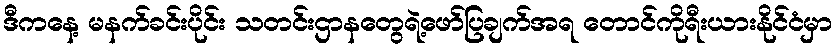
ဒီကနေ့ မနက်ခင်းပိုင်း သတင်းဌာနတွေရဲ့ဖော်ပြချက်အရ တောင်ကိုရီးယားနိုင်ငံမှာ